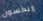
إريكسون